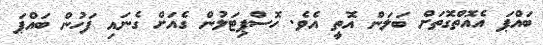
ބައްޕަ އެއޮތްގޮތަށް ބަލަން އޮތީ އެވެ. ހޮސްޕިޓަލުން ގެއަށް ގެނައި ފަހުން ބައްޕަ